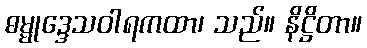
ဓမ္မုဒ္ဒေသဝါရကထာ၊ သည်။ နိဋ္ဌိတာ။